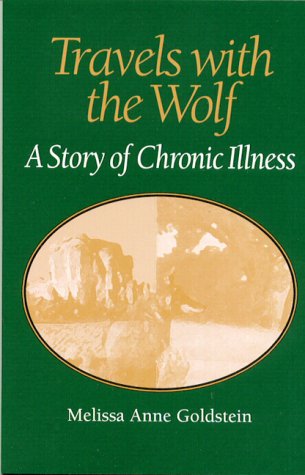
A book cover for TRAVELS WITH THE WOLF: A STORY OF CHRONIC ILLNESS (WOMEN & HEALTH C&S PERSPECTIVE); MELISSA ANNE GOLDSTEIN; Health, Fitness & Dieting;